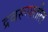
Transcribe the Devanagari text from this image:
द्रवरूपातील